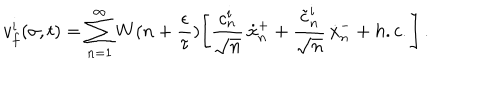
v _ { f } ^ { i } ( \sigma , t ) = \sum _ { n = 1 } ^ { \infty } W ( n + \frac { \epsilon } { \tau } ) \Biggl [ \frac { c _ { n } ^ { i } } { \sqrt { n } } \, \dot { x } _ { n } ^ { + } + \frac { \tilde { c } _ { n } ^ { i } } { \sqrt { n } } \, \dot { x } _ { n } ^ { - } + h . c . \Biggr ] \, .